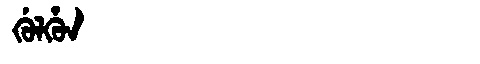
Manchu: ᡤᡠᠯᡥᡠᠨ
Romanization: GULHUN